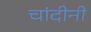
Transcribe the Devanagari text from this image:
चांदीनी